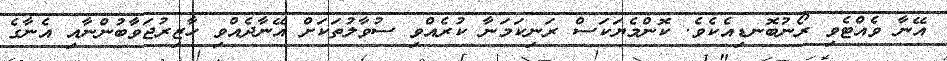
އޭނާ ވެއްޓެވި ރޯނުބޮނޑިއެކެވެ. ކޮންމެޔަކަސް ރަނިކަމަނާ ކުރެއްވި ސުވާލުތަކަށް އޭނާދެއްވި ހާޒިރުޖަވާބުންނާއި އެނާގެ